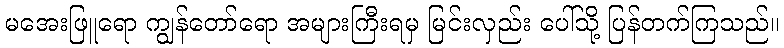
မအေးဖြူရော ကျွန်တော်ရော အများကြီးရမှ မြင်းလှည်း ပေါ်သို့ ပြန်တက်ကြသည်။